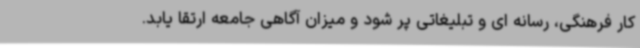
کار فرهنگی، رسانه ای و تبلیغاتی پر شود و میزان آگاهی جامعه ارتقا یابد.